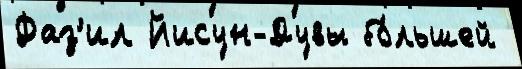
Фаз'ил Йисун-Дувы бо́льшей